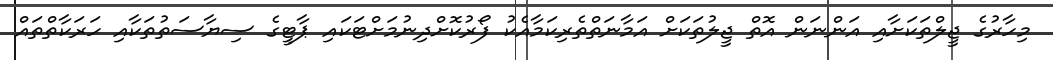
މިހާރުގެ ޖީލްތަކަށާއި އަންނަން އޮތް ޖީލުތަކަށް އަމާނަތްތެރިކަމާއެކު ފޯރުކޮށްދިނުމަށްޓަކައި ޕާޓީގެ ސިޔާސަތުތަކާއި ހަރަކާތްތައް